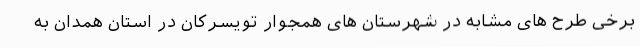
برخی طرح های مشابه در شهرستان های همجوار تویسرکان در استان همدان به